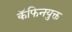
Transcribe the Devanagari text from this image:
कॅफिनयुक्त